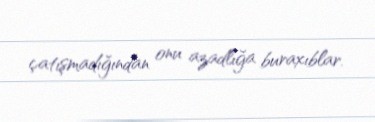
çatışmadığından onu azadlığa buraxıblar.